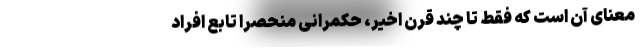
معنای آن است که فقط تا چند قرنِ اخیر، حکمرانی منحصراً تابعِ افراد